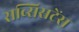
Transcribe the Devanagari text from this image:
सब्सिसटेंस